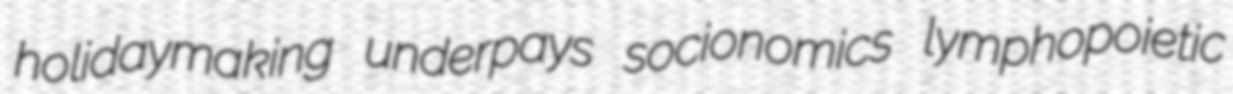
holidaymaking underpays socionomics lymphopoietic